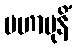
မဟာမုနိံ